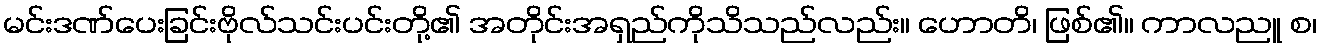
မင်းဒဏ်ပေးခြင်းဗိုလ်သင်းပင်းတို့၏ အတိုင်းအရှည်ကိုသိသည်လည်း။ ဟောတိ၊ ဖြစ်၏။ ကာလညူ စ၊